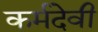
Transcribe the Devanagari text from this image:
कर्मदेवी